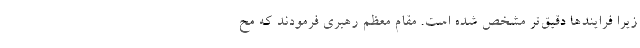
زیرا فرایندها دقیق‌تر مشخص شده است. مقام معظم رهبری فرمودند که مح